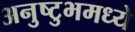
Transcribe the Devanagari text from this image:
अनुष्टुभमध्ये